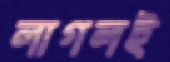
লাগলই